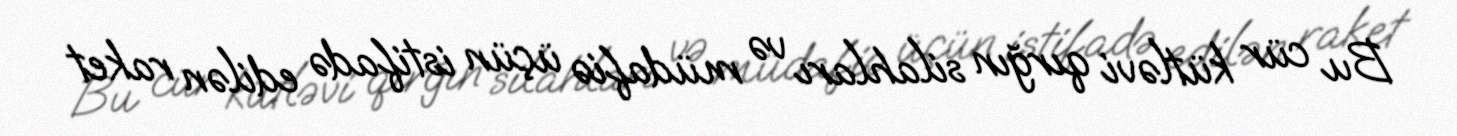
Bu cür kütləvi qırğın silahları və müdafiə üçün istifadə edilən raket